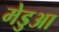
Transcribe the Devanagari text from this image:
मेडुआ